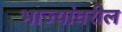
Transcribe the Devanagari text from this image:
भाज्यांवरील